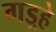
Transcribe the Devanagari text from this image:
गड़्हे